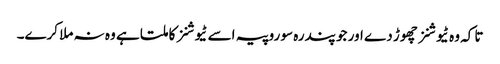
تا کہ وہ ٹیوشنز چھوڑ دے اور جو پندرہ سو روپیہ اسے ٹیوشنز کا ملتا ہے وہ نہ ملا کرے۔